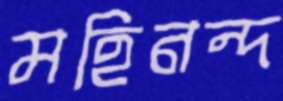
মহিনন্দ